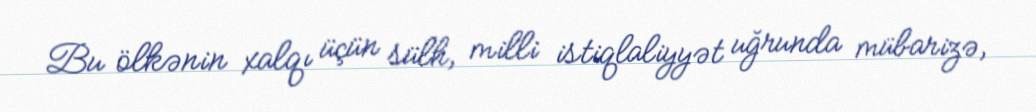
Bu ölkənin xalqı üçün sülh, milli istiqlaliyyət uğrunda mübarizə,